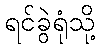
ရင်ခွဲရုံသို့